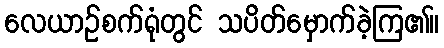
လေယာဉ်စက်ရုံတွင် သပိတ်မှောက်ခဲ့ကြ၏။